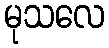
မုသလေ